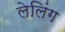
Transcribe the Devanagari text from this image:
लेलिंग